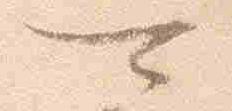
可